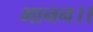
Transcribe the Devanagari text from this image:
भानन।।